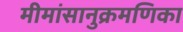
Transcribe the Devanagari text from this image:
मीमांसानुक्रमणिका